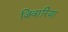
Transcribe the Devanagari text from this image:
जिवारिया